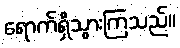
ရောက်ရှိသွားကြသည်။